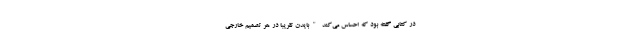
در کتابی گفته بود که احساس می‌کند "بایدن تقریبا در هر تصمیم خارجی